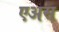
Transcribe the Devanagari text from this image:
एअस